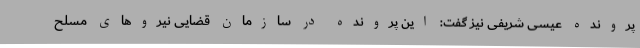
پرونده عیسی شریفی نیز گفت: این پرونده در سازمان قضایی نیروهای مسلح